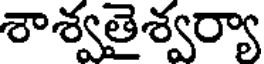
శాశ్వతైశ్వర్యా